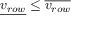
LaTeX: { \underline { { v _ { r o w } } } } \leq { \overline { { v _ { r o w } } } }